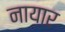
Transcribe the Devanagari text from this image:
नायार